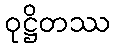
ဝုဋ္ဌိတဿ